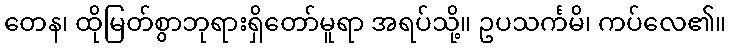
တေန၊ ထိုမြတ်စွာဘုရားရှိတော်မူရာ အရပ်သို့။ ဥပသင်္ကမိ၊ ကပ်လေ၏။